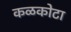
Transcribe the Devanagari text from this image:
कळकोटा